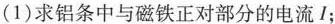
(1)求铝条中与磁铁正对部分的电流I；